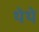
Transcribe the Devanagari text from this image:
थेथे